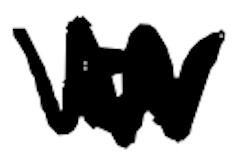
Text: a
Cross-out: mix
Writing tool: digital_black